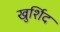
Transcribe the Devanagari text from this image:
खुर्शिद